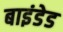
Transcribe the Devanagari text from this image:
बाइंडेड